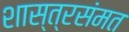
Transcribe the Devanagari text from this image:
शास्त्रसंमत